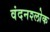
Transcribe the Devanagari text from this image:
वंदनश्लोक